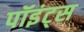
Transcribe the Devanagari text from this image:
पॉइंट्‌स